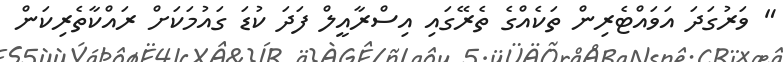
" ވަރުގަދަ އަވައްޓެރިން ތަކެއްގެ ތެރޭގައި އިސްރާއީލް ފަދަ ކުޑަ ގައުމަކަށް ރައްކާތެރިކަން